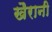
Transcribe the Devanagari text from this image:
खैरानी